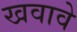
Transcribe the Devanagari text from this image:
खवावे